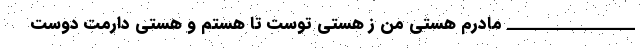
________________ مادرم هستی من ز هستی توست تا هستم و هستی دارمت دوست